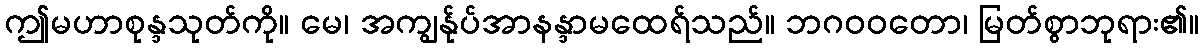
ဤမဟာစုန္ဒသုတ်ကို။ မေ၊ အကျွန်ုပ်အာနန္ဒာမထေရ်သည်။ ဘဂဝဝတော၊ မြတ်စွာဘုရား၏။